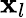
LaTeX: \textbf{x}_{l}